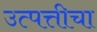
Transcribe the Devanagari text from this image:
उत्पत्तीचा